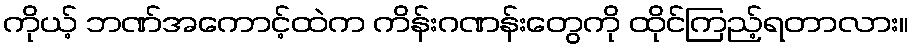
ကိုယ့် ဘဏ်အကောင့်ထဲက ကိန်းဂဏန်းတွေကို ထိုင်ကြည့်ရတာလား။